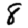
Digit: 8